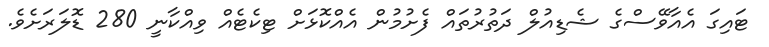
ޓައިގަ އެއާވޭސްގެ ޝެޑިއުލް ދަތުރުތައް ފެށުމުން އެއްކޮޅަށް ޓިކެޓެއް ވިއްކާނީ 280 ޑޮލަރަށެވެ.